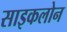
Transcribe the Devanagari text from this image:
साइकलोन